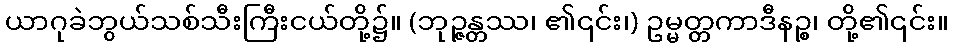
ယာဂုခဲဘွယ်သစ်သီးကြီးငယ်တို့၌။ (ဘုဉ္ဇန္တဿ၊ ၏၎င်း၊) ဥမ္မတ္တကာဒီနဉ္စ၊ တို့၏၎င်း။